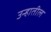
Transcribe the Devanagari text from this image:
उन्हातील